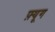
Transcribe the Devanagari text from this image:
फ़्यूग